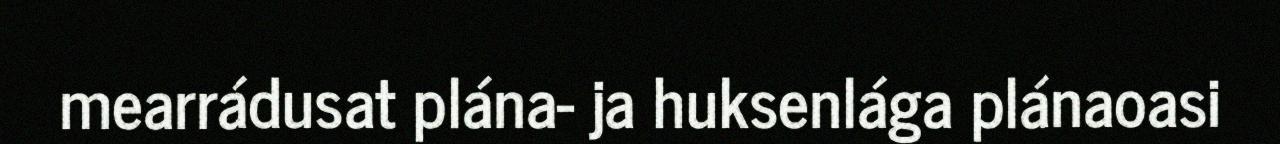
mearrádusat plána- ja huksenlága plánaoasi